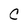
Character: C